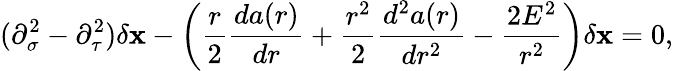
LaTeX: (\partial_{\sigma}^{2}-\partial_{\tau}^{2})\delta\mathbf{x}-\left(\frac{{r}}{{2}}\frac{{da(r)}}{{dr}}+\frac{{r^{2}}}{{2}}\frac{{d^{2}a(r)}}{{dr^{2}}}-\frac{{2E^{2}}}{{r^{2}}}\right)\delta\mathbf{x}=0,